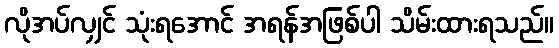
လိုအပ်လျှင် သုံးရအောင် အရန်အဖြစ်ပါ သိမ်းထားရသည်။